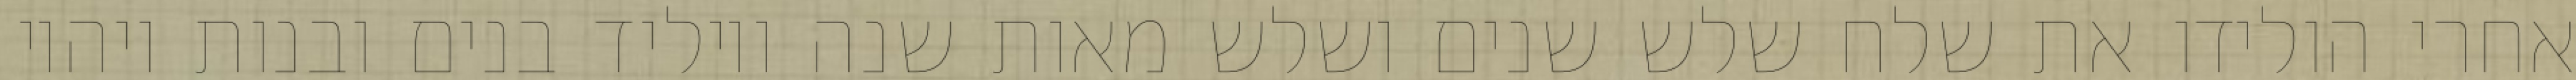
אחרי הולידו את שלח שלש שנים ושלש מאות שנה ויוליד בנים ובנות ויהיו